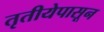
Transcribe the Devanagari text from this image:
तृतीयेपासून